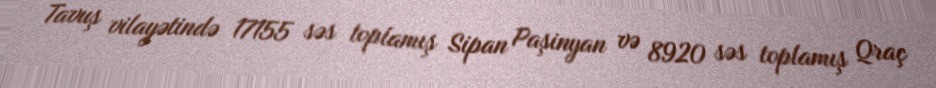
Tavuş vilayətində 17155 səs toplamış Sipan Paşinyan və 8920 səs toplamış Qraç